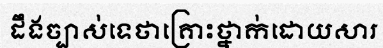
ដឹងច្បាស់ទេថាគ្រោះថ្នាក់ដោយសារ